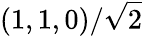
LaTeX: (1,1,0)/\sqrt{2}